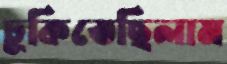
ঢুকিতেছিলাম